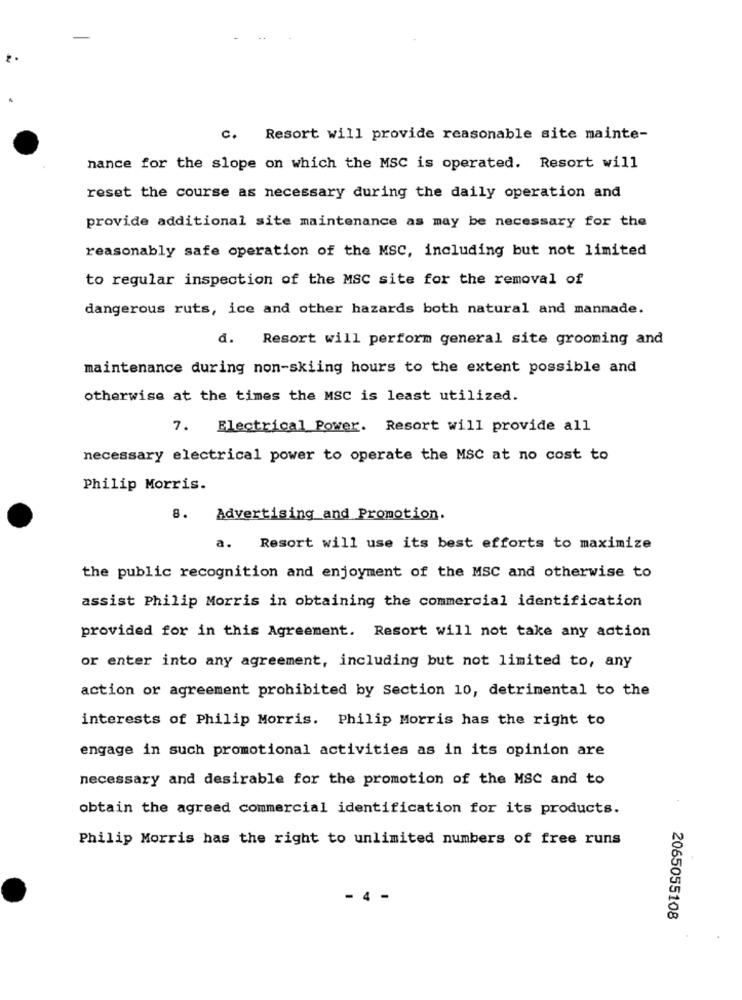
c. Resort will provide reasonable site mainte-
nance for the slope on which the MSC is operated. Resort will
reset the course as necessary during the daily operation and
provide additional site maintenance as may be necessary for the
reasonably safe operation of the MSC, including but not limited
to regular inspection of the MSC site for the removal of
dangerous ruts, ice and other hazards both natural and mannade.
d.
Resort will perform general site grooming and
maintenance during non-skiing hours to the extent possible and
otherwise at the times the MSC is least utilized.
7. Electrical Power. Resort will provide all
necessary electrical power to operate the MSC at no cost to
Philip Morris.
8.
Advertising and Promotion.
a.
Resort will use its best efforts to maximize
the public recognition and enjoyment of the MSC and otherwise to
assist Philip Morris in obtaining the commercial identification
provided for in this Agreement. Resort will not take any action
or enter into any agreement, including but not limited to, any
action or agreement prohibited by Section 10, detrimental to the
interests of Philip Morris. Philip Morris has the right to
engage in such promotional activities as in its opinion are
necessary and desirable for the promotion of the MSC and to
obtain the agreed commercial identification for its products.
Philip Morris has the right to unlimited numbers of free runs
4 -
2065055108